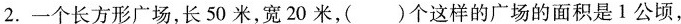
2.一个长方形广场，长50米，宽20米，(）个这样的广场的面积是1公顷，